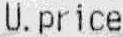
U.PRICE